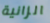
الزانية